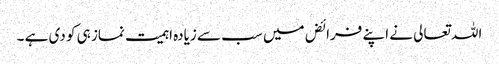
اللہ تعالی نے اپنے فرائض میں سب سے زیادہ اہمیت نماز ہی کو دی ہے ۔